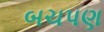
બચપણ